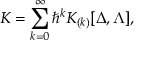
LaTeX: K = \sum _ { k = 0 } ^ { \infty } \hbar ^ { k } K _ { ( k ) } [ \Delta , \Lambda ] ,